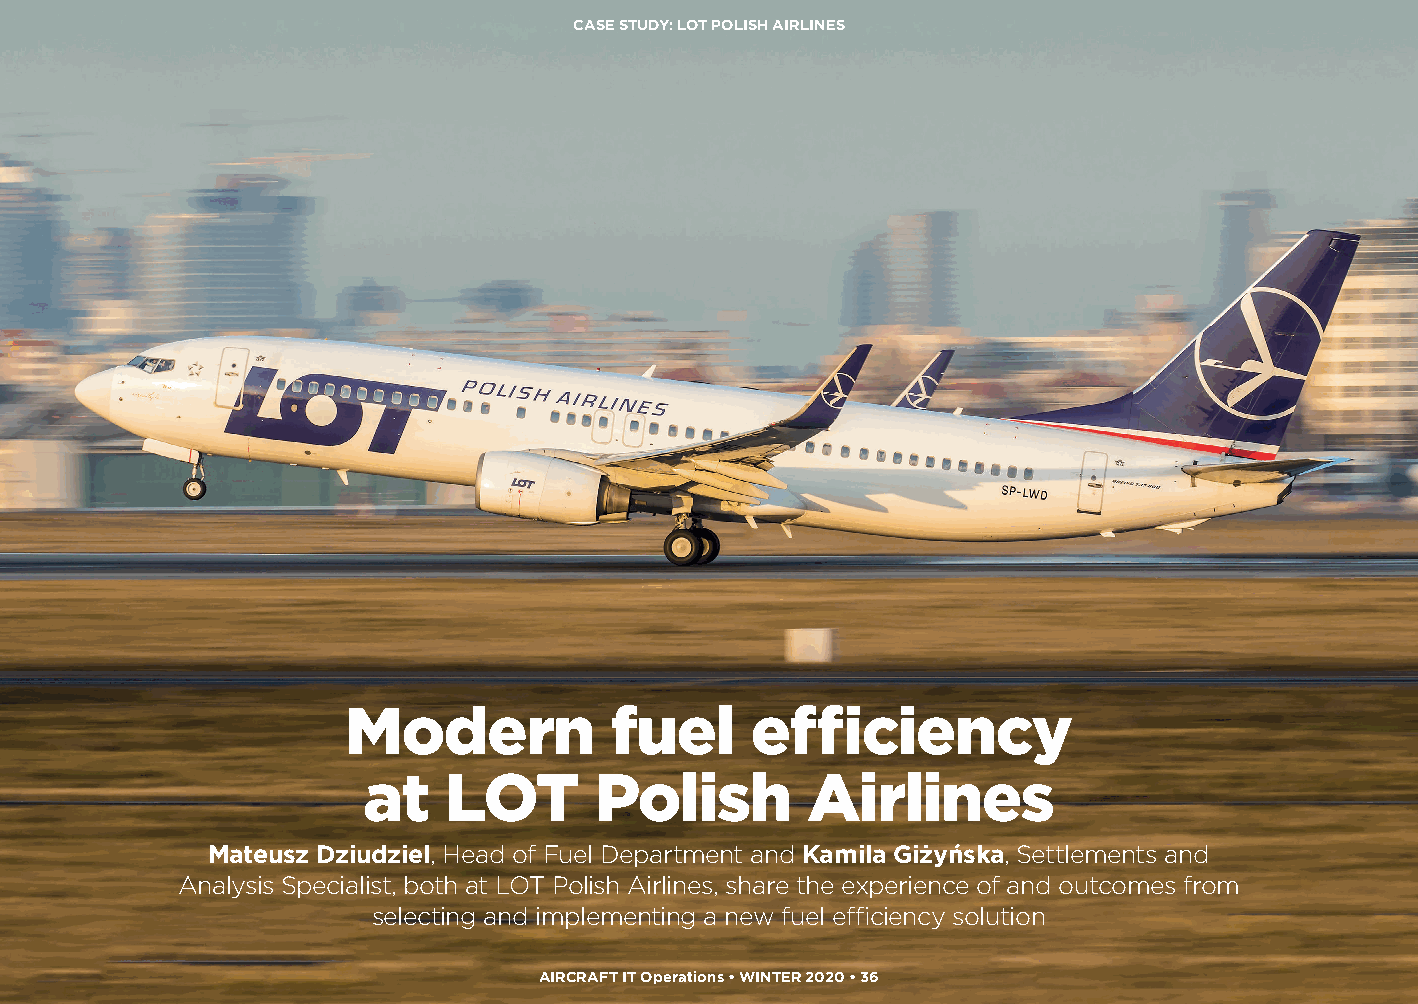
CASE STUDY: LOT POLISH AIRLINES
 Modern           fuel      efficiency
 at   LOT       Polish        Airlines
 Mateusz Dziudziel, Head of Fuel Department and Kamila Giżyńska, Settlements and
 Analysis Specialist, both at LOT Polish Airlines, share the experience of and outcomes from
 selecting and implementing a new fuel efficiency solution
 AIRCRAFT IT Operations • WINTER 2020 • 36